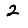
Digit: 2